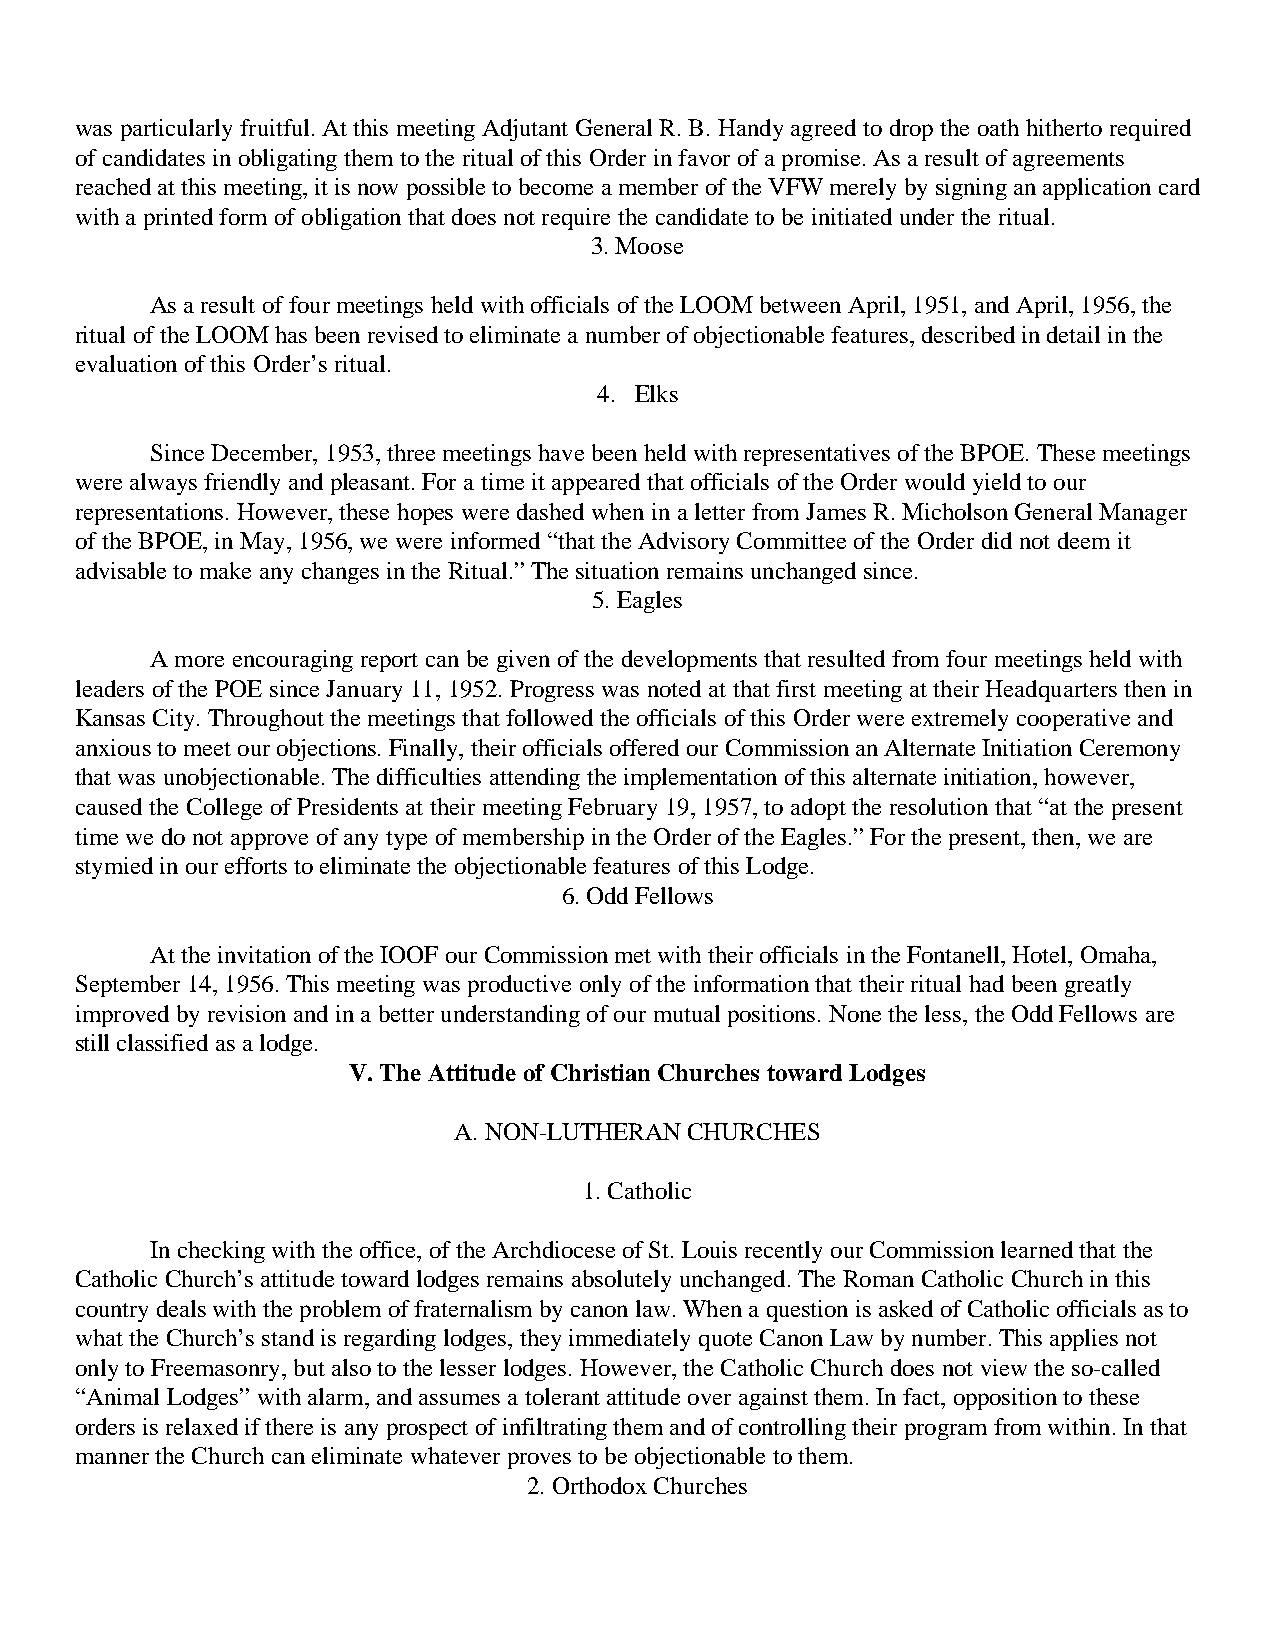
was particularly fruitful. At this meeting Adjutant General R. B. Handy agreed to drop the oath hitherto required
 of candidates in obligating them to the ritual of this Order in favor of a promise. As a result of agreements
 reached at this meeting, it is now possible to become a member of the VFW merely by signing an application card
 with a printed form of obligation that does not require the candidate to be initiated under the ritual.
 3. Moose
 As a result of four meetings held with officials of the LOOM between April, 1951, and April, 1956, the
 ritual of the LOOM has been revised to eliminate a number of objectionable features, described in detail in the
 evaluation of this Order’s ritual.
 4. Elks
 Since December, 1953, three meetings have been held with representatives of the BPOE. These meetings
 were always friendly and pleasant. For a time it appeared that officials of the Order would yield to our
 representations. However, these hopes were dashed when in a letter from James R. Micholson General Manager
 of the BPOE, in May, 1956, we were informed “that the Advisory Committee of the Order did not deem it
 advisable to make any changes in the Ritual.” The situation remains unchanged since.
 5. Eagles
 A more encouraging report can be given of the developments that resulted from four meetings held with
 leaders of the POE since January 11, 1952. Progress was noted at that first meeting at their Headquarters then in
 Kansas City. Throughout the meetings that followed the officials of this Order were extremely cooperative and
 anxious to meet our objections. Finally, their officials offered our Commission an Alternate Initiation Ceremony
 that was unobjectionable. The difficulties attending the implementation of this alternate initiation, however,
 caused the College of Presidents at their meeting February 19, 1957, to adopt the resolution that “at the present
 time we do not approve of any type of membership in the Order of the Eagles.” For the present, then, we are
 stymied in our efforts to eliminate the objectionable features of this Lodge.
 6. Odd Fellows
 At the invitation of the IOOF our Commission met with their officials in the Fontanell, Hotel, Omaha,
 September 14, 1956. This meeting was productive only of the information that their ritual had been greatly
 improved by revision and in a better understanding of our mutual positions. None the less, the Odd Fellows are
 still classified as a lodge.
 V. The Attitude of Christian Churches toward Lodges
 A. NON-LUTHERAN CHURCHES
 1. Catholic
 In checking with the office, of the Archdiocese of St. Louis recently our Commission learned that the
 Catholic Church’s attitude toward lodges remains absolutely unchanged. The Roman Catholic Church in this
 country deals with the problem of fraternalism by canon law. When a question is asked of Catholic officials as to
 what the Church’s stand is regarding lodges, they immediately quote Canon Law by number. This applies not
 only to Freemasonry, but also to the lesser lodges. However, the Catholic Church does not view the so-called
 “Animal Lodges” with alarm, and assumes a tolerant attitude over against them. In fact, opposition to these
 orders is relaxed if there is any prospect of infiltrating them and of controlling their program from within. In that
 manner the Church can eliminate whatever proves to be objectionable to them.
 2. Orthodox Churches